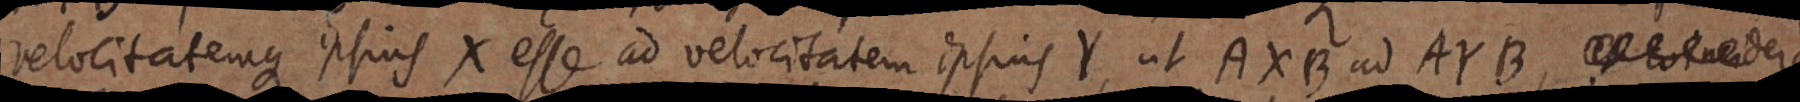
velocitatemque ipsius X esse ad velocitatem ipsius Y, ut AXB ad AYB, _ dere